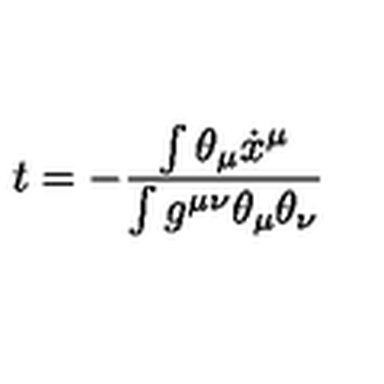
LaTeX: t = - \frac { \int \theta _ { \mu } \dot { x } ^ { \mu } } { \int g ^ { \mu \nu } \theta _ { \mu } \theta _ { \nu } }